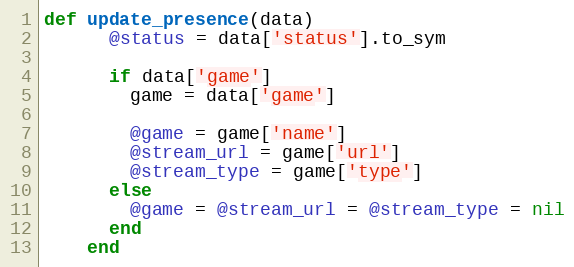
Language: Ruby
def update_presence(data)
      @status = data['status'].to_sym

      if data['game']
        game = data['game']

        @game = game['name']
        @stream_url = game['url']
        @stream_type = game['type']
      else
        @game = @stream_url = @stream_type = nil
      end
    end